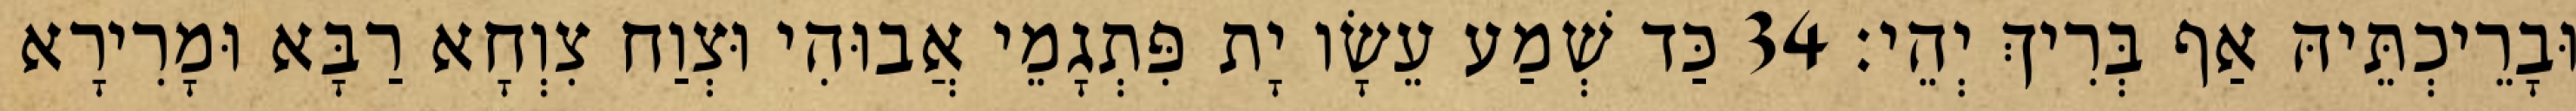
וּבָרֵיכְתֵּיהּ אַף בְּרִיךְ יְהֵי׃ 34 כַּד שְׁמַע עֵשָׂו יָת פִּתְגָמֵי אֲבוּהִי וּצְוַח צִוְחָא רַבָּא וּמָרִירָא